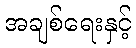
အချစ်ရေးနှင့်